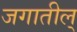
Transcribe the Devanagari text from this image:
जगातील्